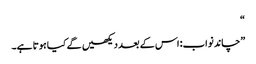
“
”چاند نواب: اس کے بعد دیکھیں گے کیا ہوتا ہے۔